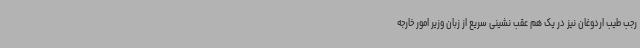
رجب طیب اردوغان نیز در یک هم عقب نشینی سریع از زبان وزیر امور خارجه